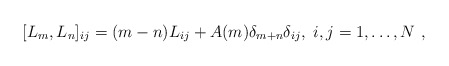
\begin{align*}[L_m,L_n]_{ij}=(m-n)L_{ij}+A(m)\delta_{m+n}\delta_{ij},\ i,j=1,\dots, N \ ,\end{align*}